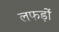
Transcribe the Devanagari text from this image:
लफड़ों